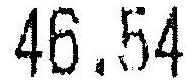
46.54